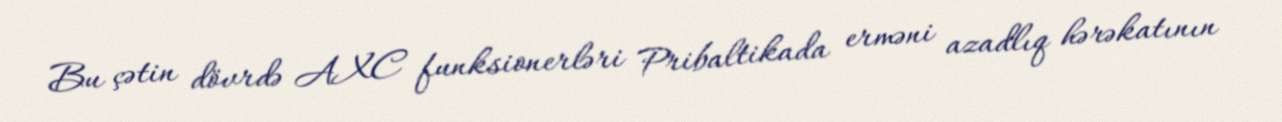
Bu çətin dövrdə AXC funksionerləri Pribaltikada erməni azadlıq hərəkatının